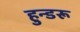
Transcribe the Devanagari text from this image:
हुन्डरू